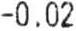
-0.02